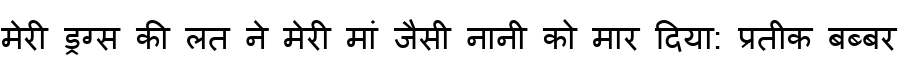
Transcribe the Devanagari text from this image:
मेरी ड्रग्स की लत ने मेरी मां जैसी नानी को मार दिया: प्रतीक बब्बर